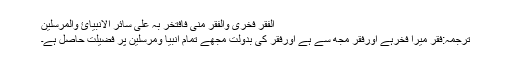
اَلْفَقْرُ فَخْرِیْ وَالْفَقْرُ مِنِّیْ فَافْتَخِّرُ بِہٖ عَلٰی سَائِرِ الْاَنْبِیَآئِ وَالْمُرْسَلِیْنَ
ترجمہ:فقر میرا فخرہے اورفقر مجھ سے ہے اورفقر کی بدولت مجھے تمام انبیا ومرسلین پر فضیلت حاصل ہے۔